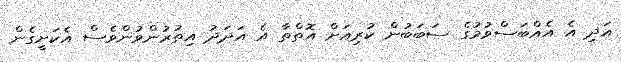
އަދި އެ އެއްބަސްވުމުގެ ސަބަބުން ކުރިއަށް އޮތްތާ އެ އަދަދު އިތުރުންވުންވެސް އެކަށީގެން